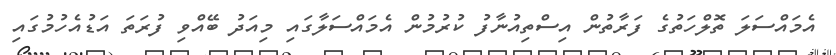
އެމައްސަލަ ތޮލްހަތުގެ ފަރާތުން އިސްތިއުނާފު ކުރުމުން އެމައްސަލާގައި މިއަދު ބޭއްވި ފުރަތަ އަޑުއެހުމުގައި